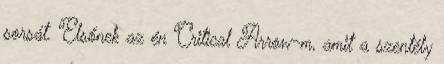
sorsát. Elsőnek az én Critical Arrow-m, amit a szentély